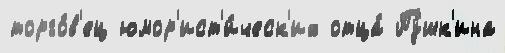
торго́в'ец юмор'ист'и́ческ'их отца́ Пу́шк'ина